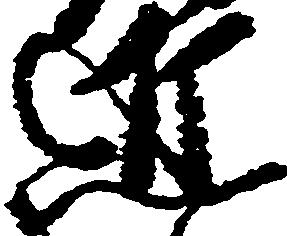
近